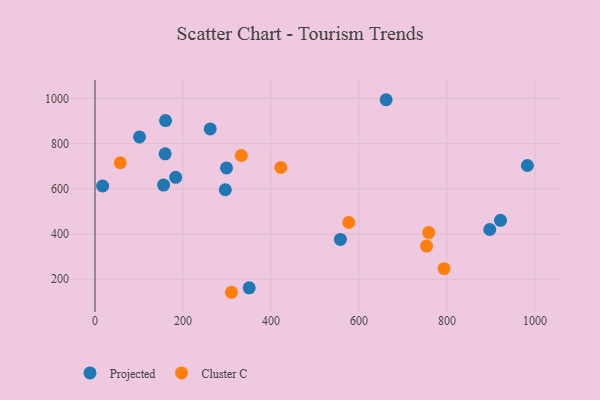
{"axis": {"x": "Engine Size", "y": "Exam Score"}, "legend": ["Cluster C", "Projected"], "data": [{"x": "183.4", "y": 651.4, "type": "Projected"}, {"x": "921.7", "y": 460.8, "type": "Projected"}, {"x": "155.8", "y": 617.1, "type": "Projected"}, {"x": "101.2", "y": 830.1, "type": "Projected"}, {"x": "350.5", "y": 162.2, "type": "Projected"}, {"x": "557.8", "y": 376.2, "type": "Projected"}, {"x": "982.8", "y": 703.5, "type": "Projected"}, {"x": "897.3", "y": 420.4, "type": "Projected"}, {"x": "159.4", "y": 755.3, "type": "Projected"}, {"x": "661.7", "y": 994.6, "type": "Projected"}, {"x": "160.3", "y": 902.3, "type": "Projected"}, {"x": "298.9", "y": 693.0, "type": "Projected"}, {"x": "296.2", "y": 596.1, "type": "Projected"}, {"x": "17.3", "y": 612.9, "type": "Projected"}, {"x": "261.9", "y": 865.4, "type": "Projected"}, {"x": "422.3", "y": 694.9, "type": "Cluster C"}, {"x": "57.4", "y": 715.7, "type": "Cluster C"}, {"x": "793.4", "y": 246.9, "type": "Cluster C"}, {"x": "332.5", "y": 747.8, "type": "Cluster C"}, {"x": "576.7", "y": 451.2, "type": "Cluster C"}, {"x": "310.0", "y": 142.5, "type": "Cluster C"}, {"x": "753.7", "y": 347.0, "type": "Cluster C"}, {"x": "758.5", "y": 406.8, "type": "Cluster C"}]}